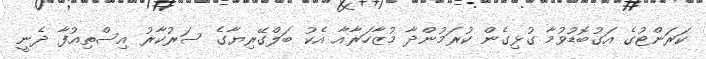
ކަރަންޓުގެ އަގުބޮޑުވުމާ ގުޅިގެން ކުރަމުންދާ މުޒާހަރާއާ އެކު ބަލްގޭރިޔާގެ ސަރުކާރު އިސްތިއުފާ ދެނީ